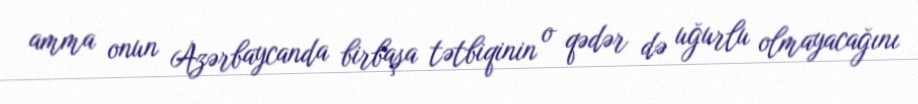
amma onun Azərbaycanda birbaşa tətbiqinin o qədər də uğurlu olmayacağını